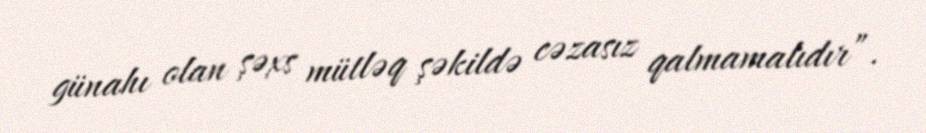
günahı olan şəxs mütləq şəkildə cəzasız qalmamalıdır”.